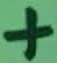
Text: +